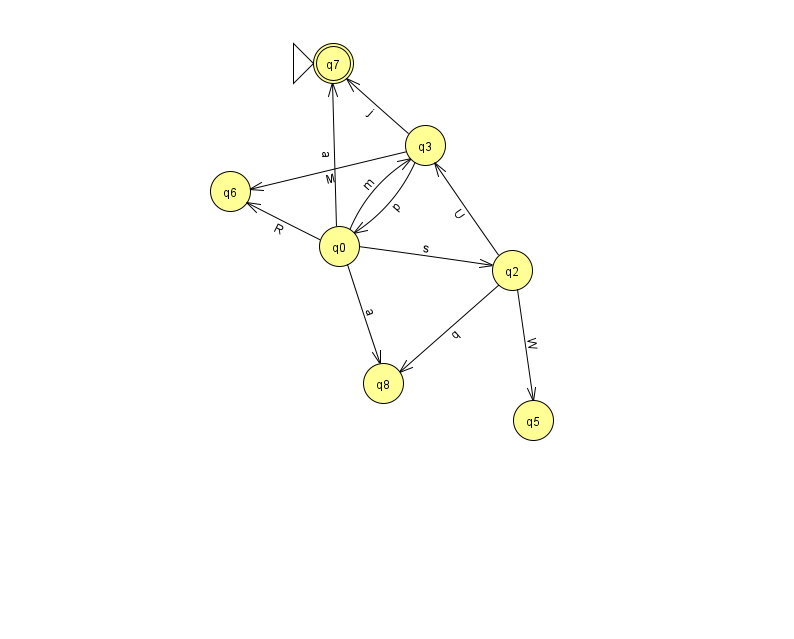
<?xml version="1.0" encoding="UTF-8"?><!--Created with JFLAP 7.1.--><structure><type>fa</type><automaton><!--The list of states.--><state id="0" name="q0"><x>339.0</x><y>233.0</y></state><state id="2" name="q2"><x>512.0</x><y>257.0</y></state><state id="3" name="q3"><x>425.0</x><y>132.0</y></state><state id="5" name="q5"><x>533.0</x><y>407.0</y></state><state id="6" name="q6"><x>230.0</x><y>178.0</y></state><state id="7" name="q7"><x>333.0</x><y>50.0</y><initial/><final/></state><state id="8" name="q8"><x>383.0</x><y>370.0</y></state><!--The list of transitions.--><transition><from>0</from><to>2</to><read>s</read></transition><transition><from>3</from><to>0</to><read>p</read></transition><transition><from>2</from><to>8</to><read>q</read></transition><transition><from>0</from><to>8</to><read>a</read></transition><transition><from>2</from><to>3</to><read>U</read></transition><transition><from>0</from><to>7</to><read>a</read></transition><transition><from>3</from><to>6</to><read>M</read></transition><transition><from>0</from><to>6</to><read>R</read></transition><transition><from>2</from><to>5</to><read>W</read></transition><transition><from>3</from><to>7</to><read>j</read></transition><transition><from>0</from><to>3</to><read>m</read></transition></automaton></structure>